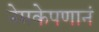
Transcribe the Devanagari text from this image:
नेमकेपणानं